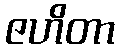
ဇဟိတာ